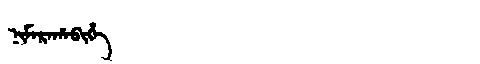
Manchu: ᠨᡳᠮᠠᡵᠠᡥᠠᠪᡳᡥᡝ
Romanization: NIMARAHABIHE